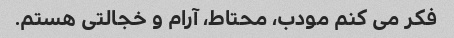
فکر می کنم مودب، محتاط، آرام و خجالتی هستم.